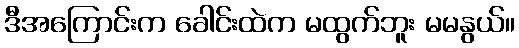
ဒီအကြောင်းက ခေါင်းထဲက မထွက်ဘူး မမနွယ်။